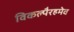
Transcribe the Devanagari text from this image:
विकल्पैरहमेव